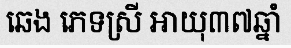
ឆេង ភេទស្រី អាយុ៣៧ឆ្នាំ